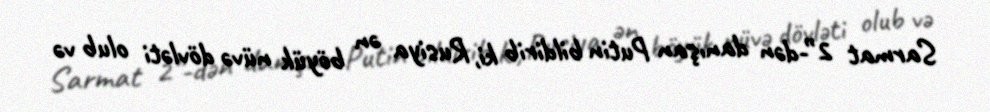
Sarmat 2”-dən danışan Putin bildirib ki, Rusiya ən böyük nüvə dövləti olub və